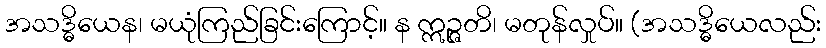
အသဒ္ဓိယေန၊ မယုံကြည်ခြင်းကြောင့်။ န ဣဉ္ဇတိ၊ မတုန်လှုပ်။ (အသဒ္ဓိယေလည်း